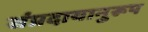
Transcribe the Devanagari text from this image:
संप्रदायानुरूप